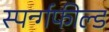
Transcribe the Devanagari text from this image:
स्पर्न्गफील्ड